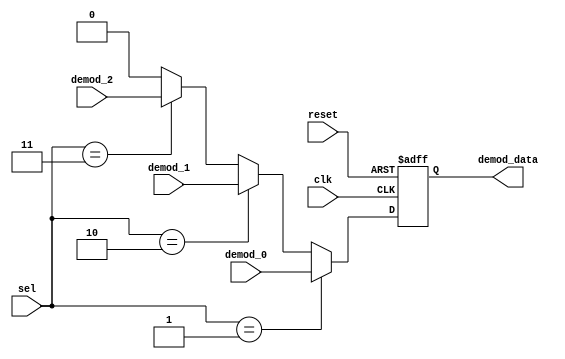
/* Generated by Yosys 0.27+22 (git sha1 53c0a6b78, clang 11.0.1-2 -fPIC -Os) */

module control_1(reset, clk, sel, demod_0, demod_1, demod_2, demod_data);
  wire _0_;
  wire _1_;
  wire _2_;
  wire _3_;
  wire _4_;
  wire _5_;
  reg _6_;
  input clk;
  wire clk;
  input demod_0;
  wire demod_0;
  input demod_1;
  wire demod_1;
  input demod_2;
  wire demod_2;
  output demod_data;
  wire demod_data;
  input reset;
  wire reset;
  input [1:0] sel;
  wire [1:0] sel;
  assign _3_ = _2_ ? demod_2 : 1'h0;
  assign _4_ = _1_ ? demod_1 : _3_;
  assign _5_ = _0_ ? demod_0 : _4_;
  always @(posedge clk, posedge reset)
    if (reset) _6_ <= 1'h0;
    else _6_ <= _5_;
  assign _0_ = sel == 2'h1;
  assign _1_ = sel == 2'h2;
  assign _2_ = sel == 2'h3;
  assign demod_data = _6_;
endmodule